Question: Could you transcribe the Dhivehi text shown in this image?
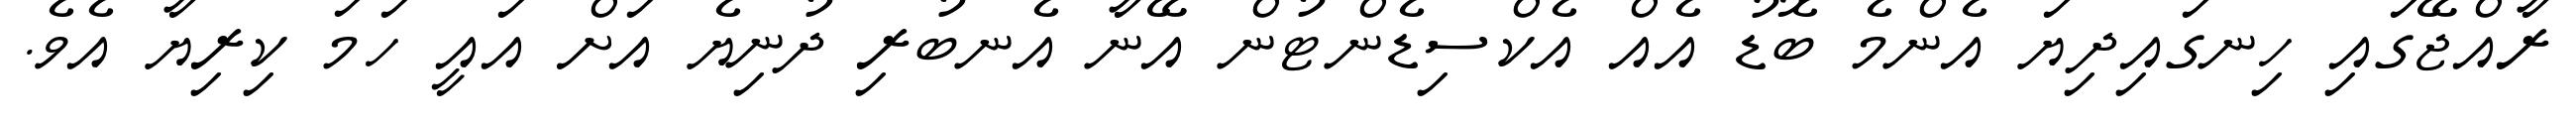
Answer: ރާއްޖޭގައި ހިނގައިދިޔަ އެންމެ ބޮޑު އެއް އެކްސިޑެންޓުން އޭނާ އެނބުރި ދުނިޔެ އަށް އައީ ހަމަ ކިރިޔާ އެވެ.